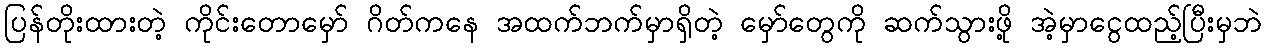
ပြန်တိုးထားတဲ့ ကိုင်းတောမှော် ဂိတ်ကနေ အထက်ဘက်မှာရှိတဲ့ မှော်တွေကို ဆက်သွားဖို့ အဲ့မှာငွေထည့်ပြီးမှဘဲ